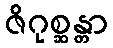
ဇိဂုစ္ဆန္တာ